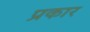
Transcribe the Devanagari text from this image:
प्रकार